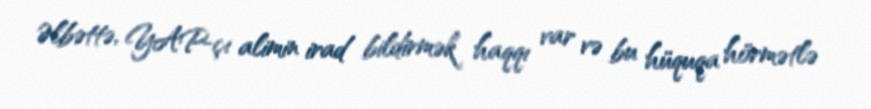
Əlbəttə, YAP-çı alimin irad bildirmək haqqı var və bu hüquqa hörmətlə